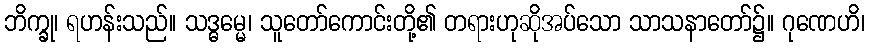
ဘိက္ခု၊ ရဟန်းသည်။ သဒ္ဓမ္မေ၊ သူတော်ကောင်းတို့၏ တရားဟုဆိုအပ်သော သာသနာတော်၌။ ဂုဏေဟိ၊